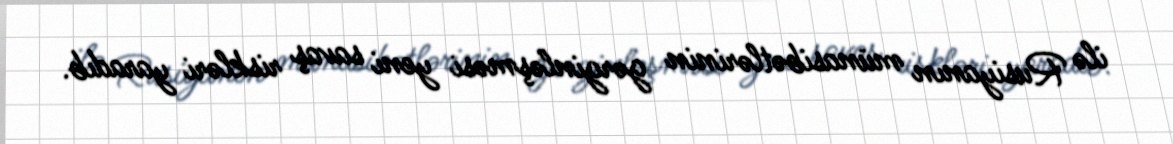
ilə Rusiyanın münasibətlərinin gərginləşməsi yeni savaş riskləri yaradıb.